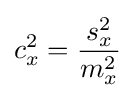
c_{x}^{2}={\frac {s_{x}^{2}}{m_{x}^{2}}}